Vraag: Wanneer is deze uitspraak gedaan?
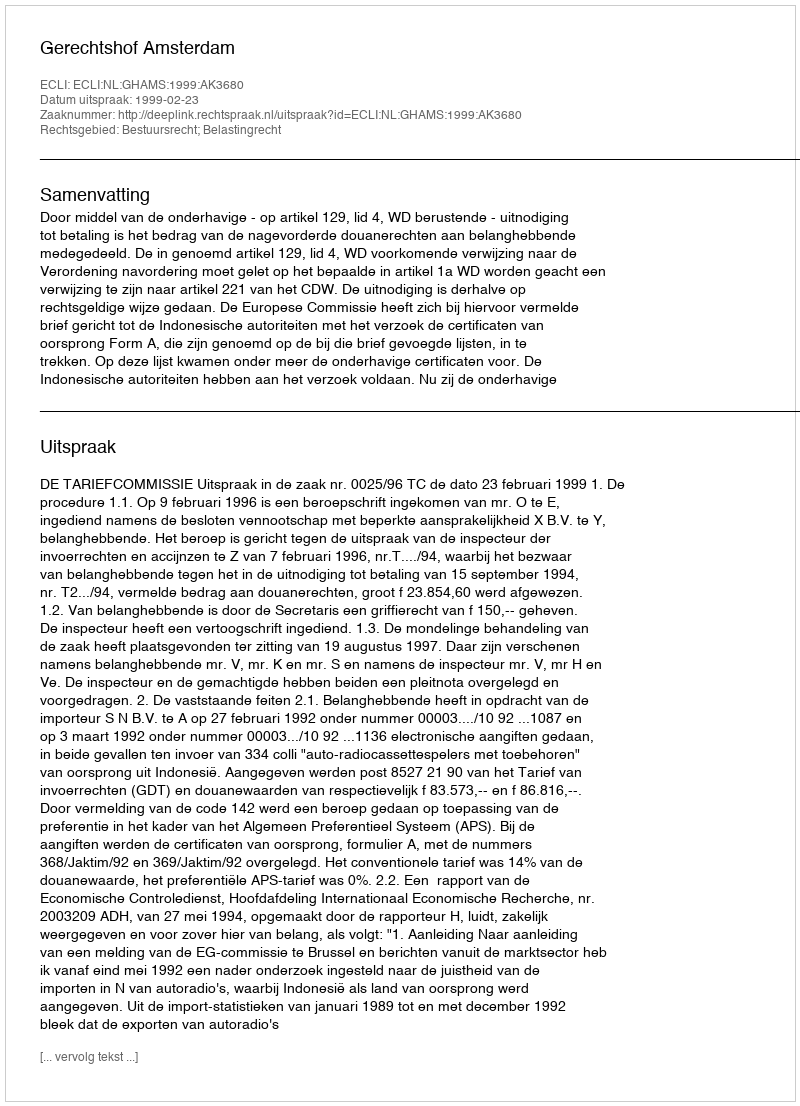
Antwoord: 1999-02-23